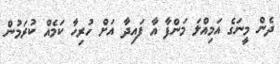
ދެން މީނަގެ އަމިއްލަ މަންފާ އާ ފައިދާ އަށް ހުރިހާ ކަމެއް ކުރަމުން